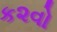
ક૨વો